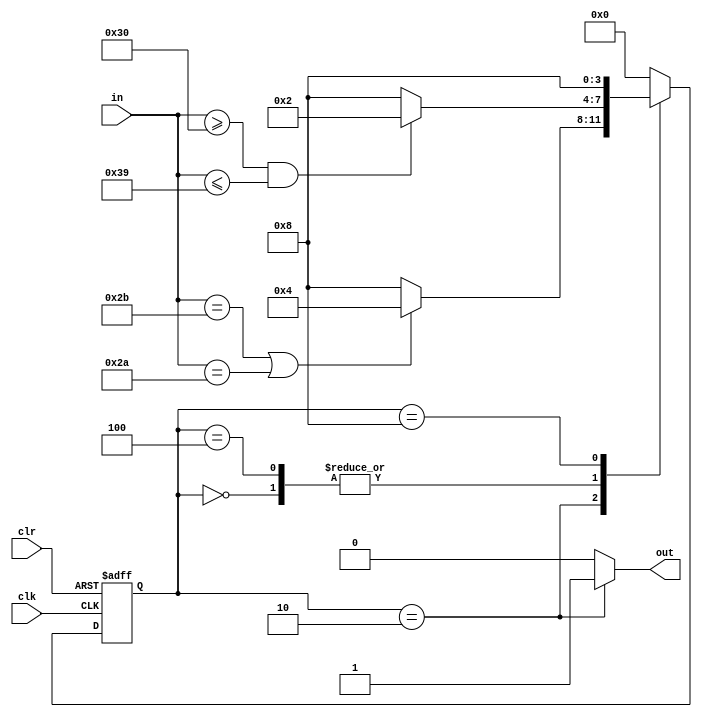
`timescale 1ns / 1ps
//////////////////////////////////////////////////////////////////////////////////
// Company: 
// Engineer: 
// 
// Design Name: 
// Module Name:    string 
// Project Name: 
// Target Devices: 
// Tool versions: 
// Description: 
//
// Dependencies: 
//
// Revision: 
// Revision 0.01 - File Created
// Additional Comments: 
//
//////////////////////////////////////////////////////////////////////////////////
`define s0 4'b0000
`define s1 4'b0010
`define s2 4'b0100
`define s3 4'b1000
// one-hot pratice

module string(
	input clk,
	input clr,
	input [7:0] in,
	output out
   );
	
	reg [3:0] status;
	
	////
	initial
	begin
		status <= `s0;
	end
	////
	
	always @(posedge clk or posedge clr)
	begin
		if (clr)
			status <= `s0;
		else if (clk)
		case (status)
			`s0 : begin
							if ((in >= "0") && (in <= "9"))
								status <= `s1;
							else
								status <= `s3;
					end
					
			`s1 : begin
							if ((in == "+") || (in == "*"))
								status <= `s2;
							else
								status <= `s3;
					end
					
			`s2 : begin
							if ((in >= "0") && (in <= "9"))
								status <= `s1;
							else
								status <= `s3;
					end
					
			`s3 : status <= `s3;
					
			default : status <= `s0;
		endcase
	end
	
	assign out = (status == `s1) ? 1'b1 : 1'b0;


endmodule